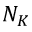
N _ { K }